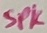
Text: SPK